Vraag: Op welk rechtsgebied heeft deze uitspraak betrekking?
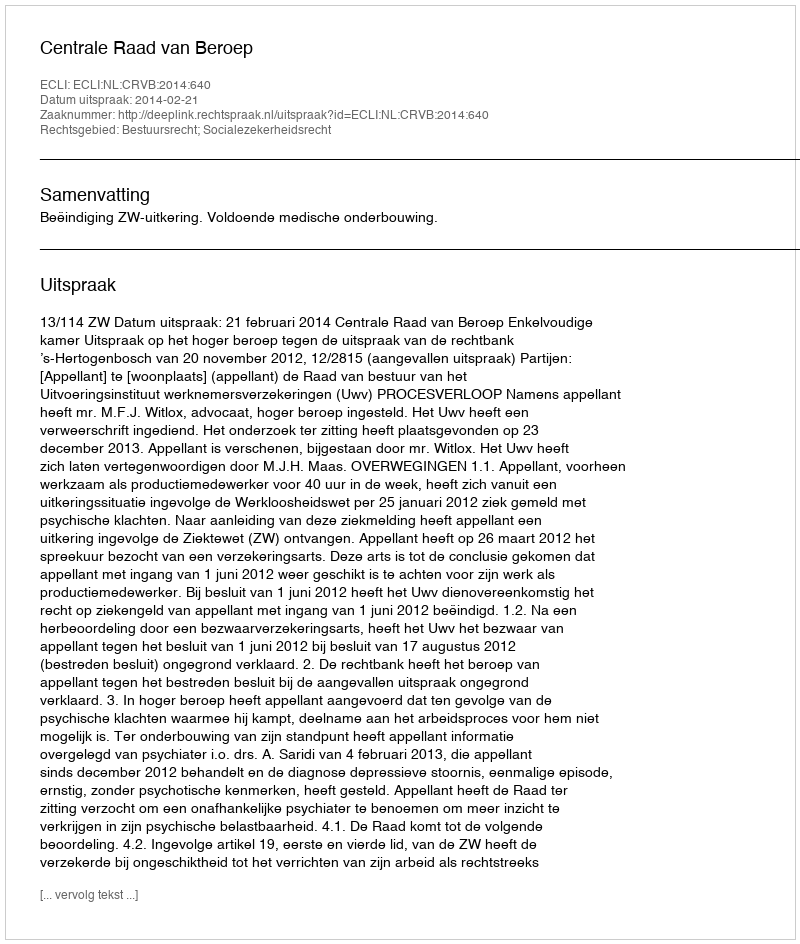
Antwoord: Bestuursrecht; Socialezekerheidsrecht